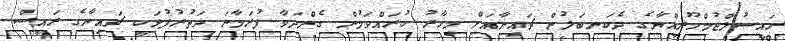
ރައީސުލްޖުމްހޫރިއްޔާގެ ދެކަނބަލުން ޗައިނާއަށް މިހާރު ކުރައްވަމުން ގެންދަވާ ފުރަމާނަ ދަތުރުފުޅަކީ ޗައިނާގެ ރައީސް